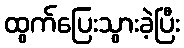
ထွက်ပြေးသွားခဲ့ပြီး